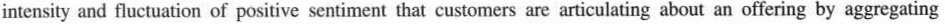
intensity and fluctuation of positive sentiment that customers are articulating about an ofering by aggregating